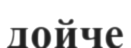
дойче